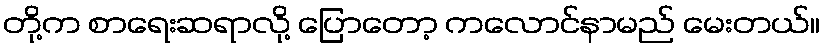
တို့က စာရေးဆရာလို့ ပြောတော့ ကလောင်နာမည် မေးတယ်။